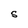
Character: S